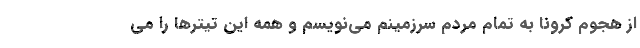
از هجوم کرونا به تمام مردم سرزمینم می‌نویسم و همه این تیترها را می